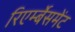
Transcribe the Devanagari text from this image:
रिएर्म्बेसमेंट